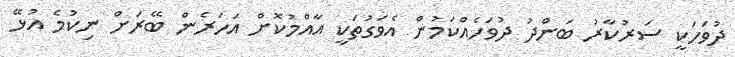
ދުވަހަކީ ސަރުކާރު ބަންދު ދުވަހެއްކަމުން އެވަގުތަކީ އާއްމުކޮށް އަހަރެން ބޭރަށް ނިކުމެ އުޅޭ